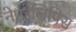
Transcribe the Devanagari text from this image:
नेफ्रोलिपिस